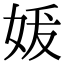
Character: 𪥲